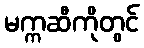
မက္ကဆီကိုတွင်